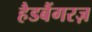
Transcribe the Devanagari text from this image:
हैडबैंगरज़